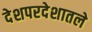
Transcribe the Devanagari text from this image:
देशपरदेशातले